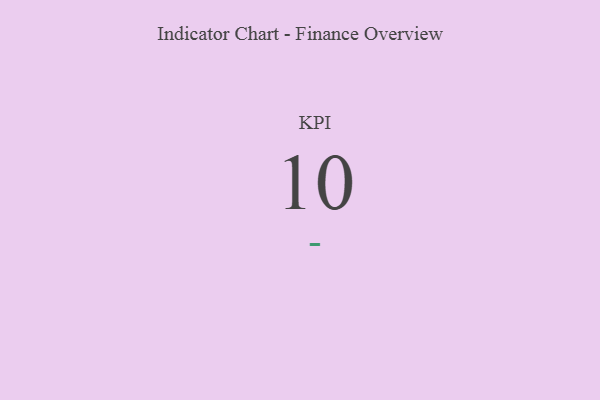
{"axis": {"x": "KPI", "y": "Value"}, "legend": [""], "data": [{"x": "KPI", "y": 10, "type": ""}]}